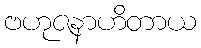
ဗဟုဇနာဟိတာယ